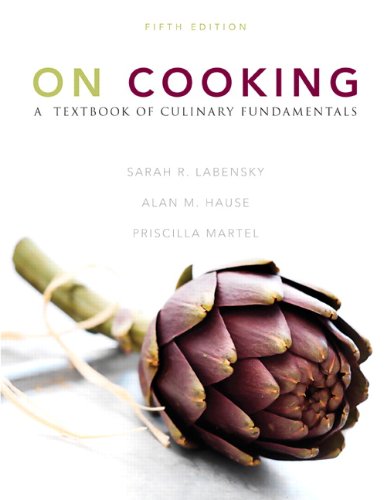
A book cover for On Cooking: A Textbook of Culinary Fundamentals (5th Edition); Sarah R. Labensky; Business & Money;